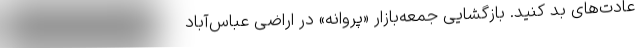
عادت‌های بد کنید. بازگشایی جمعه‌بازار «پروانه» در اراضی عباس‌آباد